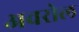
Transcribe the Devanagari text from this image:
अवरोल